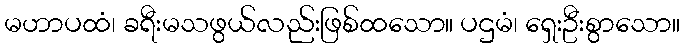
မဟာပထံ၊ ခရီးမသဖွယ်လည်းဖြစ်ထသော။ ပဌမံ၊ ရှေးဦးစွာသော။